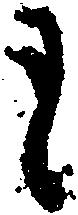
も